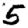
Digit: 5